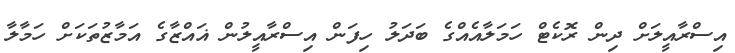
އިސްރާއީލަށް ދިން ރޮކެޓް ހަމަލާއެއްގެ ބަދަލު ހިފަން އިސްރާއީލުން ޣައްޒާގެ އަމާޒުތަކަށް ހަމާލާ